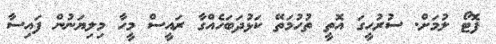
ފޮޓޯ ލުމަށް. ސުރުހީގަ އޮތީ ތުހުމަތޭ ކަޅުދަބަހެއްގާ ރައީސް މީހާ މިލިޔަނުން ފައިސާ